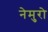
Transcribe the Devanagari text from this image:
नेमुरो